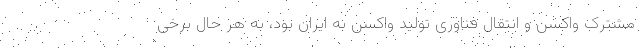
مشترک واکسن و انتقال فناوری تولید واکسن به ایران بود، به هر حال برخی